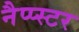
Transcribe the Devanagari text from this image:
नैप्प्स्टर